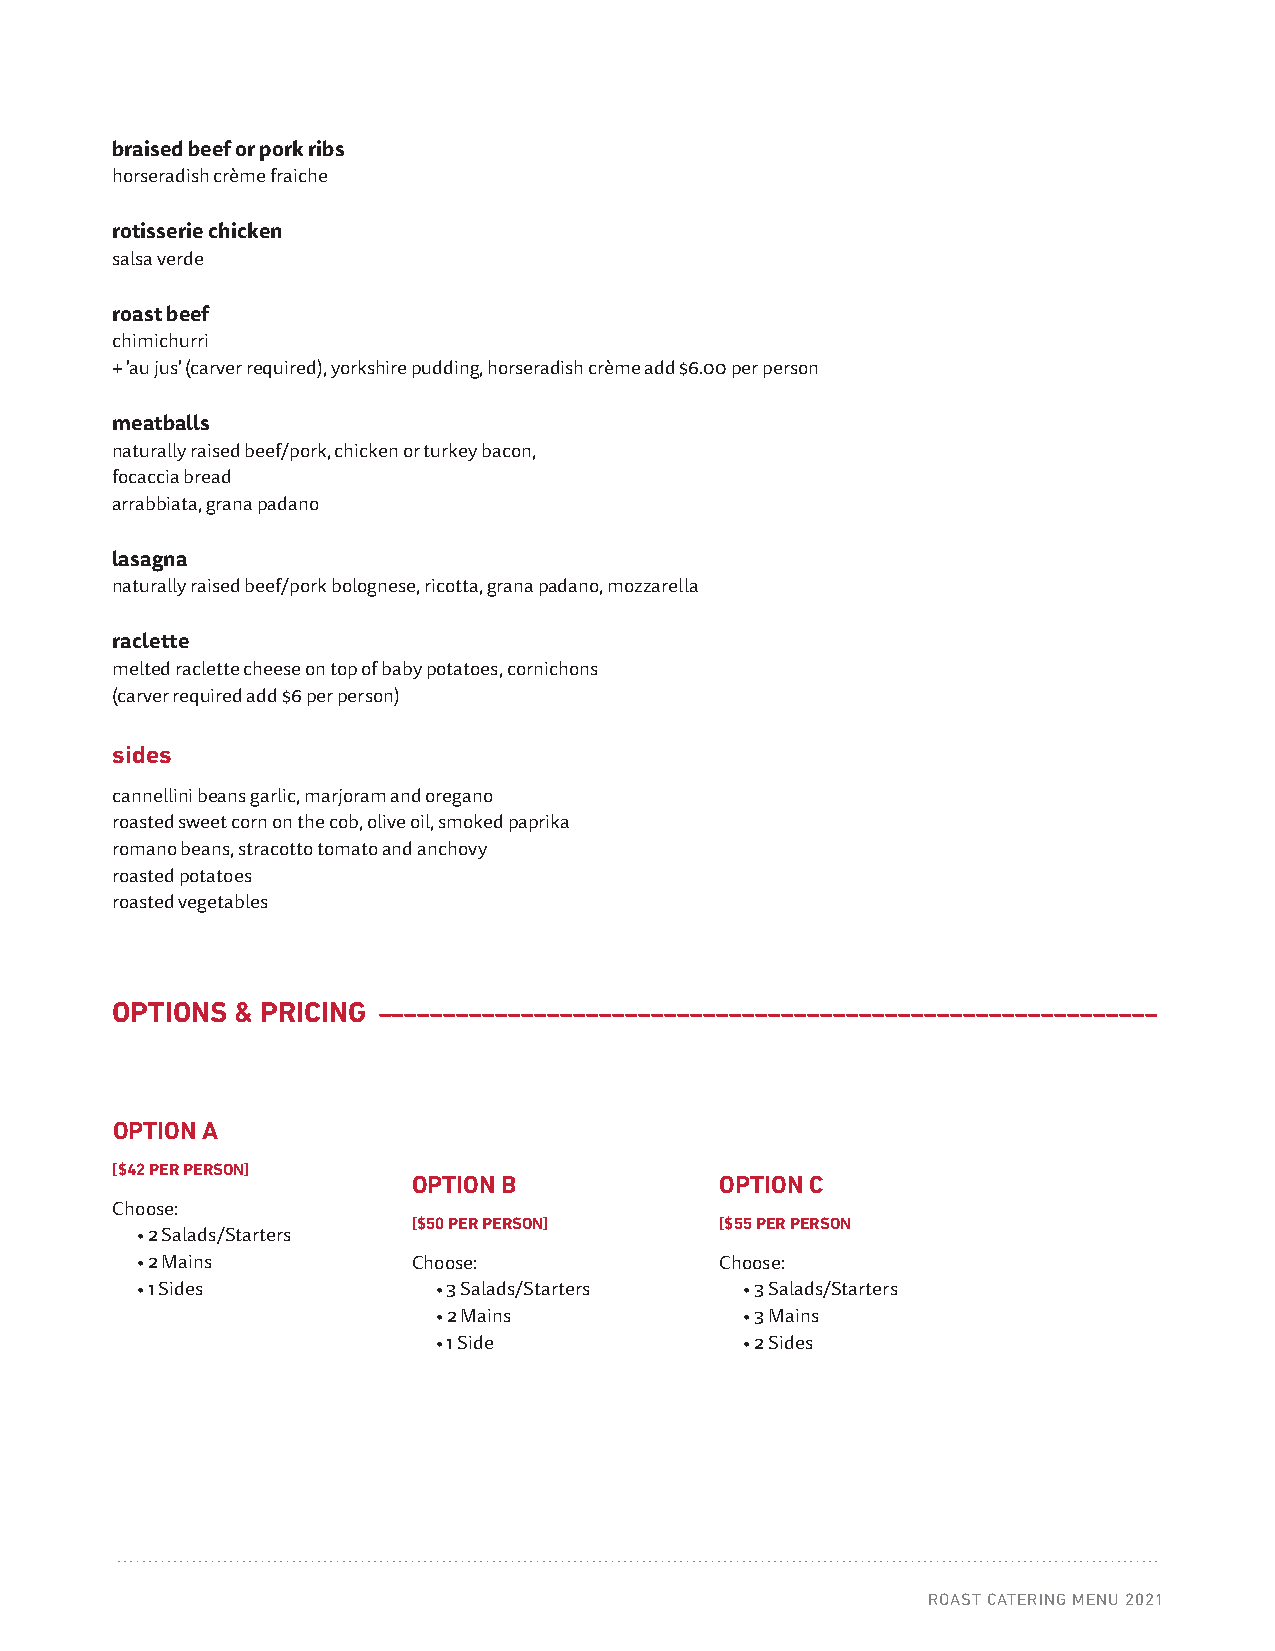
braised beef or pork ribs
 horseradish crème fraiche
 rotisserie chicken
 salsa verde
 roast beef
 chimichurri
 GET IN TOUCH
 + 'au jus' (carver required), yorkshire pudding, horseradish crème add $6.00 per person
 Contact our Roast kitchen in the Victoria Public Market directly to ask questions, customize and place your order.
 Email info@roastsandwichshop.ca meatballs
 naturally raised beef/pork, chicken or turkey bacon,
 focaccia bread
 arrabbiata, grana padano
 FAMIGLIA STYLE OPTIONS ––––––––––––––––––––––––––––––––––––––––––––––––––––––
 lasagna
 (pricing does not including tax or gratuity)
 naturally raised beef/pork bolognese, ricotta, grana padano, mozzarella
 salads and starters
 raclette
 market greens
 melted raclette cheese on top of baby potatoes, cornichons
 lemon, olive oil (carver required add $6 per person)
 romaine and chicory sides
 lemon, olive oil
 cannellini beans garlic, marjoram and oregano
 kale caesar roasted sweet corn on the cob, olive oil, smoked paprika
 fresh kale, classic dressing romano beans, stracotto tomato and anchovy
 grana padano, lemon roasted potatoes
 roasted vegetables
 green bean salad
 red onion, feta cheese, fennel fronds
 OPTIONS  & PRICING ––––––––––––––––––––––––––––––––––––––––––––––––––––––––––––
 super food salad
 couscous, quinoa, broccoli rabe, fresh basil, peruvian peppers, roasted shallots, turmeric, tamari, olive oil
 meatball mini roast sandwiches
 focaccia bread, naturally raised beef/pork or chicken OPTION A
 arrabbiata, grana padano
 [$42 PER PERSON]
 OPTION B             OPTION C
 prosciutto tasting Choose:
 [$50 PER PERSON]     [$55 PER PERSON
 americano, berkshire and speck prosciutto • 2 Salads/Starters
 • 2 Mains         Choose:              Choose:
 marinated castelvetrano and black olives • 1 Sides • 3 Salads/Starters • 3 Salads/Starters
 house preserved lemons       • 2 Mains           • 3 Mains
 • 1 Side            • 2 Sides
 mains
 rossdown farms roasted turkey
 porchetta roast
 garden cress, lemon
 ROAST CATERING MENU 2021